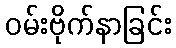
ဝမ်းဗိုက်နာခြင်း